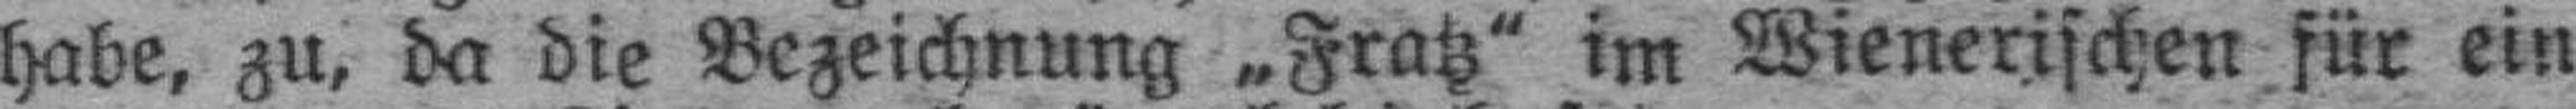
habe, zu, da die Bezeichnung „Fratz“ im Wienerischen für ein